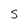
Character: S